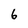
Character: 6